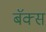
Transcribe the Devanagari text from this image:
बॅक्स